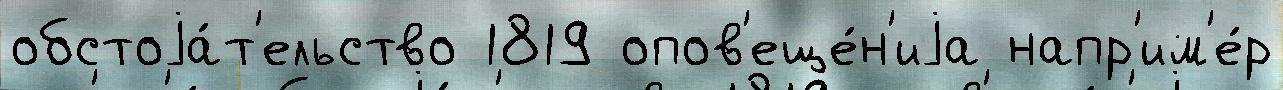
обстоjа́т'ельство 1819 опов'еще́н'иjа напр'им'е́р